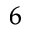
^ 6